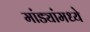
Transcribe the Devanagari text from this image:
मांड्यांमध्ये